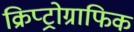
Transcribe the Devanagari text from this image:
क्रिप्ट्रोग्राफिक